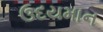
ઉદયમાન